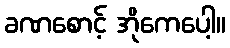
ခဏစောင့် အိုကေပေါ့။